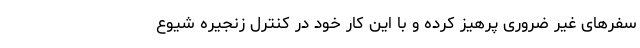
سفرهای غیر ضروری پرهیز کرده و با این کار خود در کنترل زنجیره شیوع